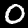
Label: 0